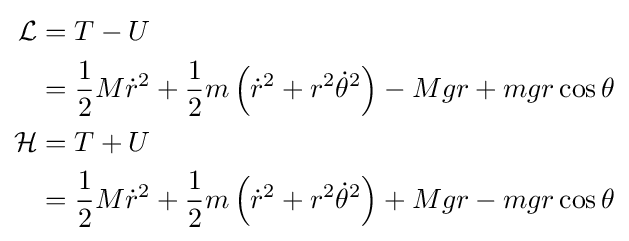
{\begin{aligned}{\mathcal {L}}&=T-U\\&={\frac {1}{2}}M{\dot {r}}^{2}+{\frac {1}{2}}m\left({\dot {r}}^{2}+r^{2}{\dot {\theta }}^{2}\right)-Mgr+mgr\cos {\theta }\\{\mathcal {H}}&=T+U\\&={\frac {1}{2}}M{\dot {r}}^{2}+{\frac {1}{2}}m\left({\dot {r}}^{2}+r^{2}{\dot {\theta }}^{2}\right)+Mgr-mgr\cos {\theta }\end{aligned}}